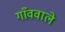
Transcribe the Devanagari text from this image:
गाँववाले